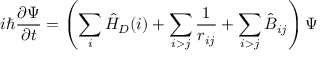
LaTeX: i \hbar { \frac { \partial \Psi } { \partial t } } = \left( \sum _ { i } { \hat { H } } _ { D } ( i ) + \sum _ { i > j } { \frac { 1 } { r _ { i j } } } + \sum _ { i > j } { \hat { B } } _ { i j } \right) \Psi